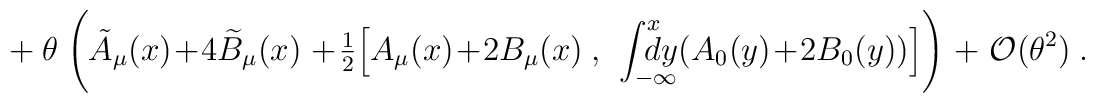
+~\theta~ \Biggl( \tilde A_\mu(x)+4\widetilde B_\mu(x)~+{\textstyle \frac 12} \Bigl[A_\mu(x)+2B_\mu(x)~,~\int_{-\infty}^x \kern-1.2em dy (A_0(y)+2B_0(y))\Bigr] \Biggr)~+~{\cal O}(\theta^2)~.